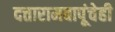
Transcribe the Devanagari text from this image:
दत्तारामबापूंचेही